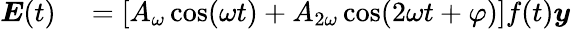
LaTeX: \begin{array}{rl}{\boldsymbol{E}(t)}&{{}=[A_{{\omega}}\cos({\omega}t)+A_{2{\omega}}\cos(2{\omega}t+\varphi)]f(t)\boldsymbol{{y}}}\end{array}